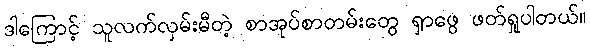
ဒါကြောင့် သူလက်လှမ်းမီတဲ့ စာအုပ်စာတမ်းတွေ ရှာဖွေ ဖတ်ရှုပါတယ်။